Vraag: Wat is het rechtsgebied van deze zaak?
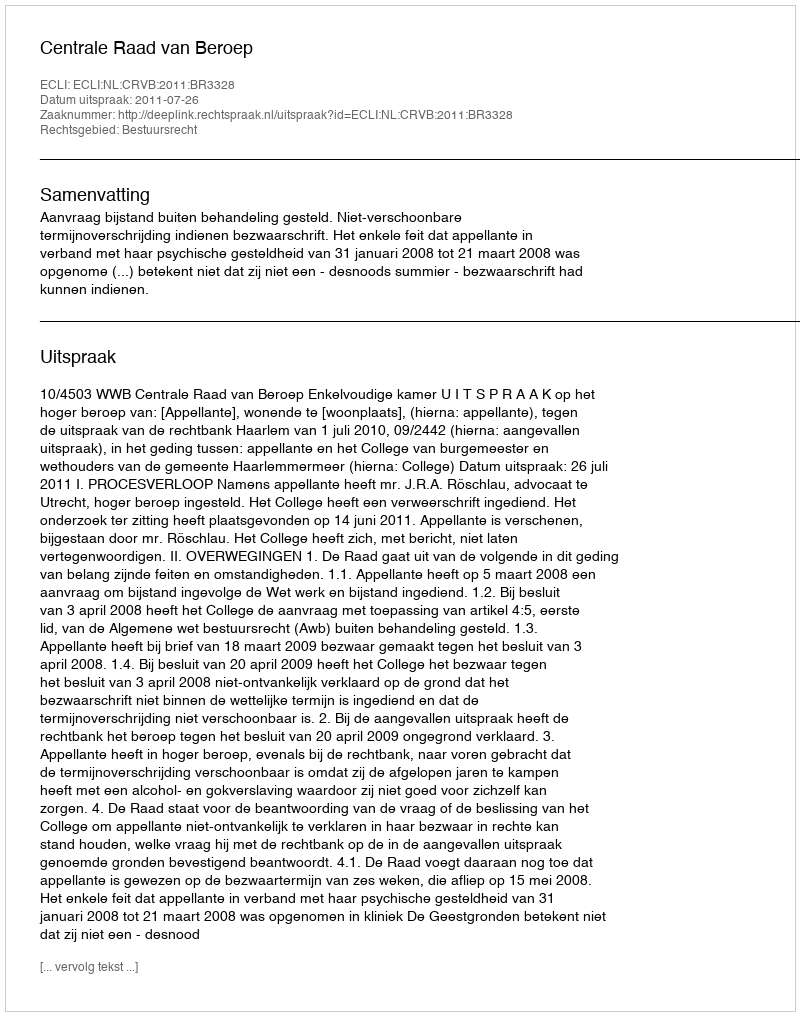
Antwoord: Bestuursrecht